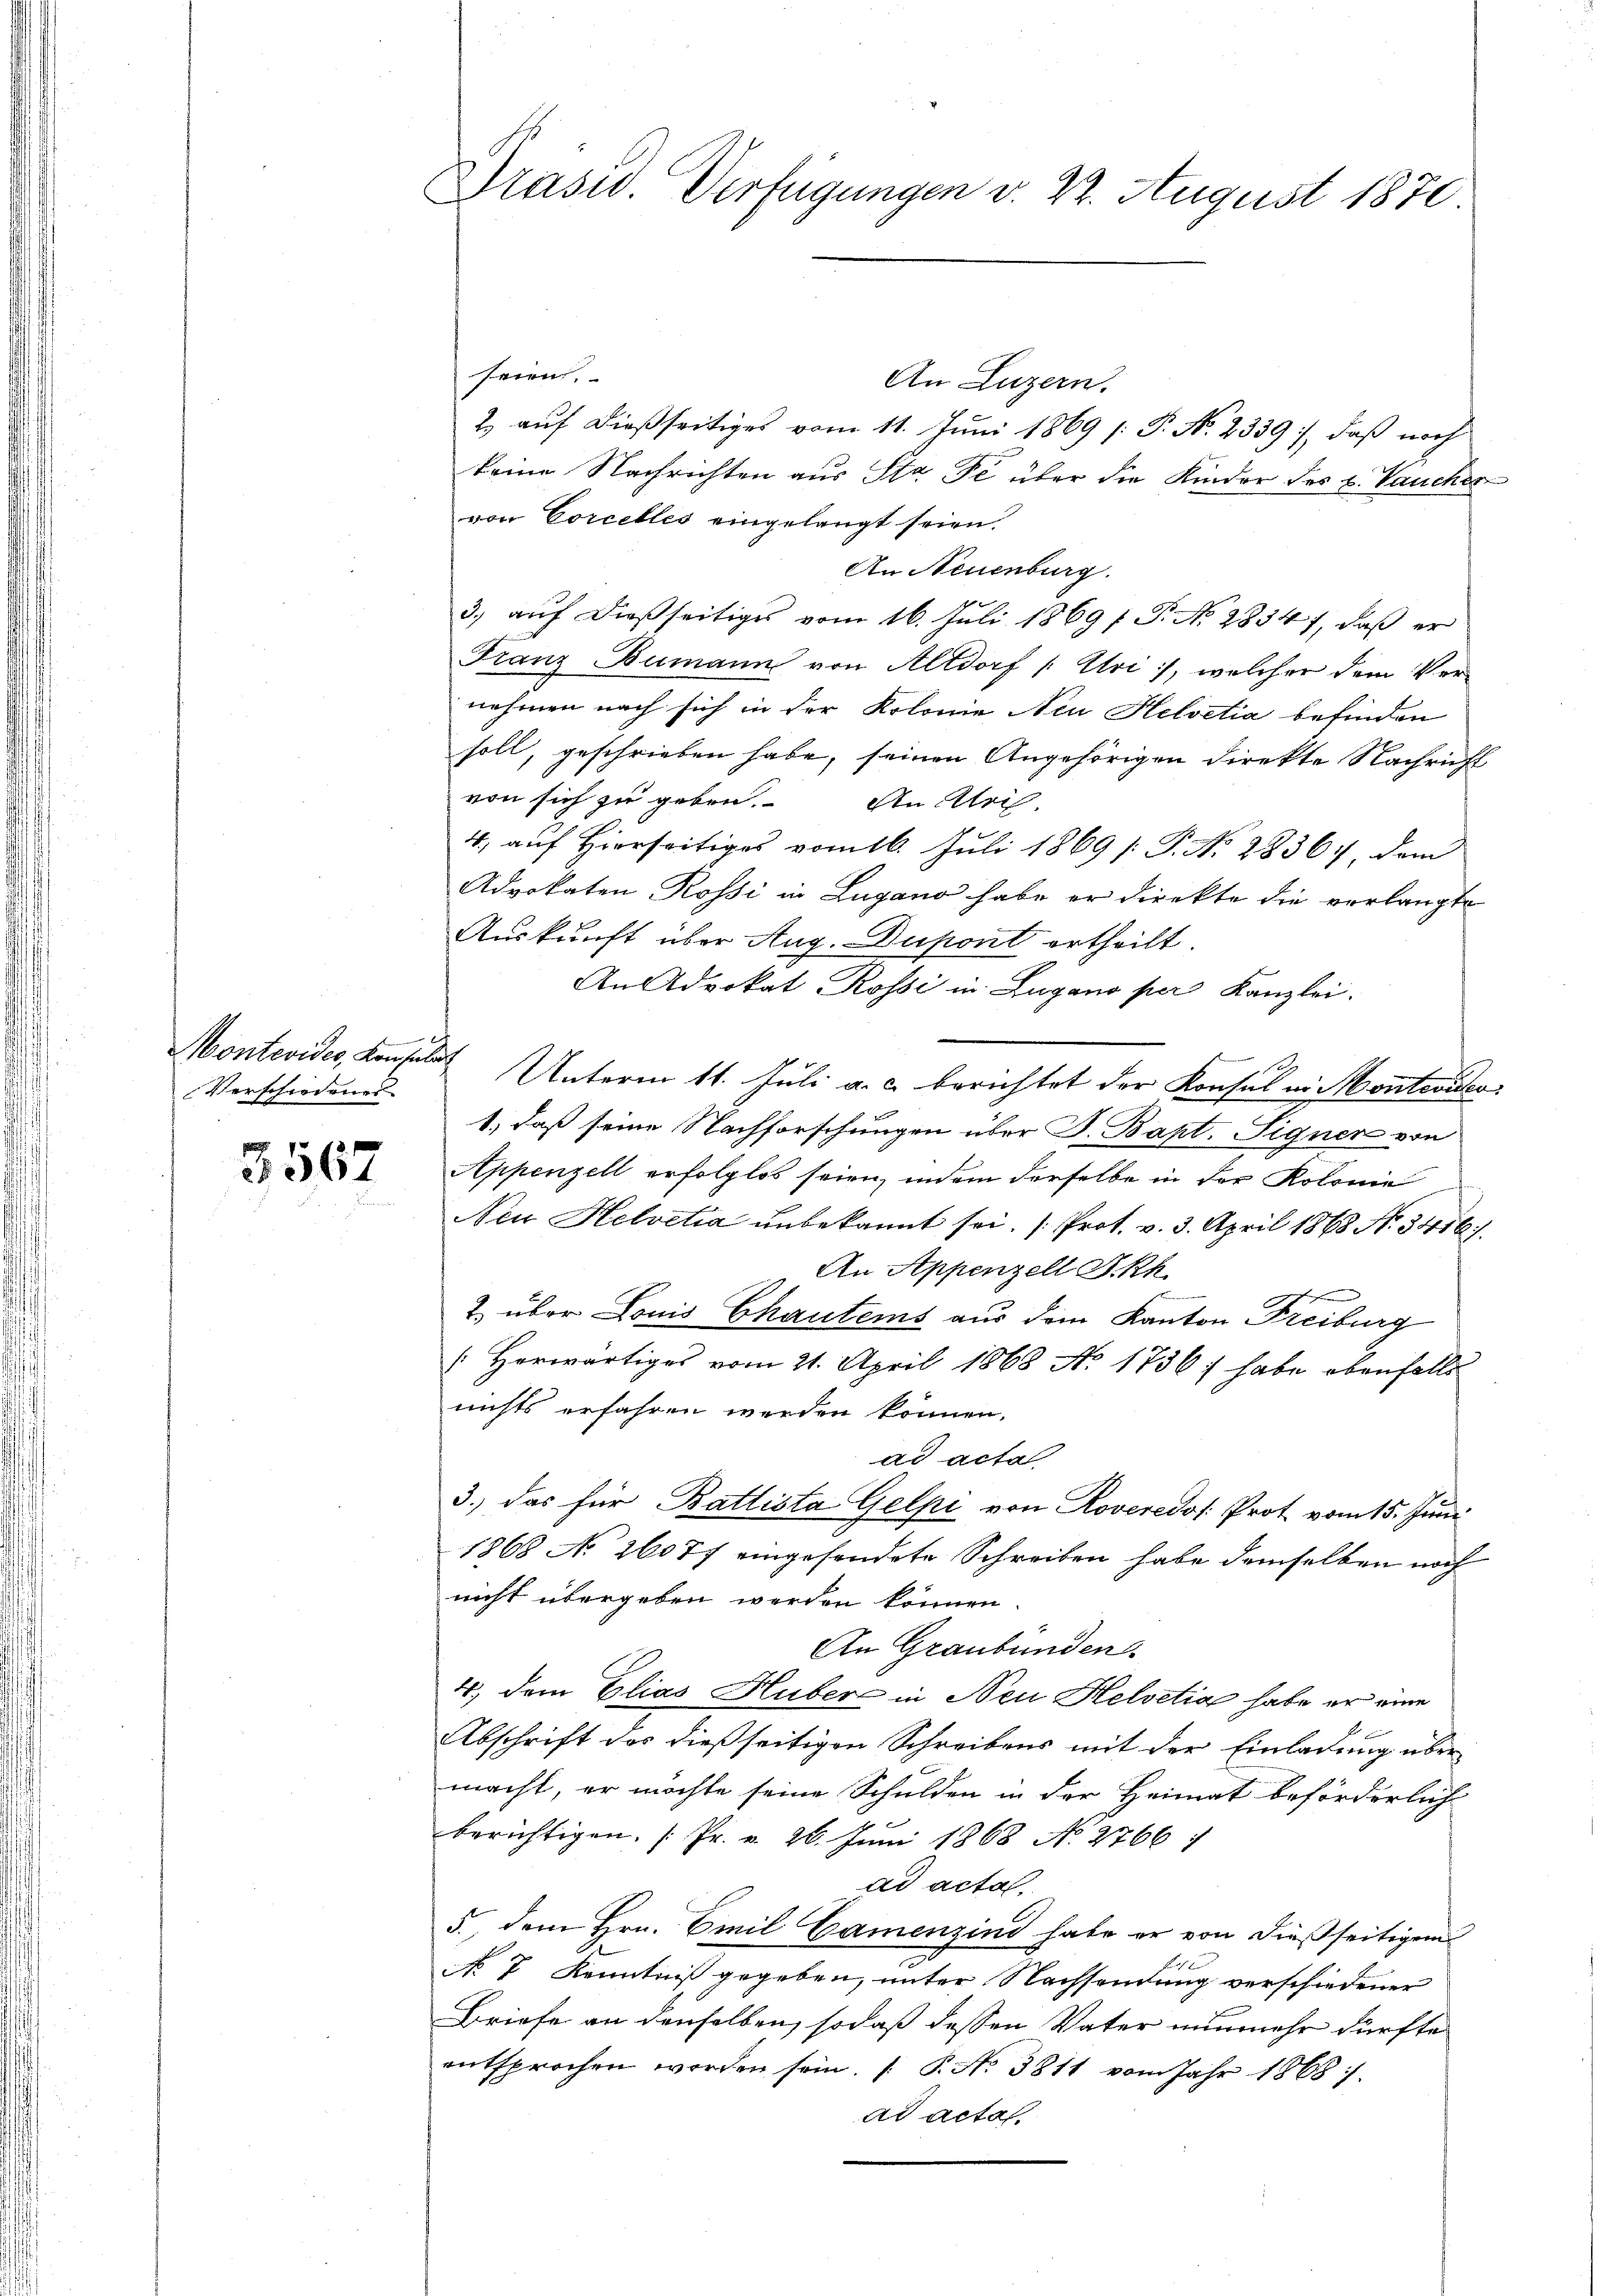
e
Montevides, Konsulat
Verschiedenes

3567

Präsid. Verfügungen v. 22. August 1870

seien.
An Luzern.
2. auf dießseitiges vom 11. Juni 1869 [: P. No. 2339), daß noch
keine Nachrichten aus Sta De über die Kinder des u. Vaucher
von Corcelles eingelangt seien.
An Neuenburg.
3) auf dießseitiges vom 16. Juli 1869 f. P. No. 2834, daß er
Franz Bumann von Altdorf /: Uri, welcher dem Vernehmen nach sich in der Kolonie Neu Helvetia befinden
soll, geschrieben habe, seinen Angehörigen direkte Nachricht
von sich zu geben. An Ulri

4, auf Hierseitiges vom 16. Juli 1869 /: P. Nr. 2836 dem
Advokaten Rossi in Lugano habe er direkte die verlangte
Auskunft über Aug. Dupont ertheilt.
An Advokat Rossi in Lugano per Kanzlei.
Unterm 11. Juli a. c. berichtet der Konsul ei Montevideo
1.) daß seine Nachforschungen über J. Bapt. Signen von
Appenzell erfolglos seien, indem derselbe in der Kolonie
Neu Helvetia unbekannt sei. (Prot. v. 3. April 1868 No. 3416).
An Appenzell I.Rh.
2 über Louis Chautems aus dem Kanton Freiburg
Herwärtiges vom 21. April 1868 No. 1736/ habe ebenfalls
nichts erfahren werden können.
ad acta
3.) das für Battlista Gelpi von Roveredo Prot vom 15. Juni
1868 No 26077 eingesendete Schreiben habe demselben noch
nicht übergeben werden können.
An Graubünden.
4., dem Elias Huber in Neu Helvetia habe er eine
Abschrift des dießseitigen Schreibens mit der Einladung über-
macht, er möchte seine Schulden in der Heimat beförderlich
berichtigen. [Pr. v. 26. Juni 1868 N. 2766:
ad acta.
5. dem Hrn. Emil Gamenzind habe er von dießseitigem
No 7 Kenntniß gegeben, unter Nachsendung verschiedener
Briefe an denselben, sodaß dessen Vater nunmehr dürfte
entsprochen worden sein. ( P. No 3811 vom Jahr 1868
ad actas.